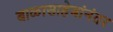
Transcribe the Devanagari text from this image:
बाळासाहेबांनंतर